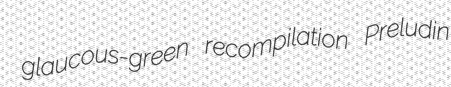
glaucous-green recompilation Preludin